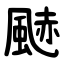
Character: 䬉